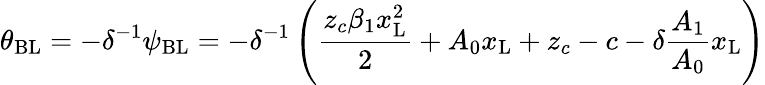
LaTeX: \theta_{\mathrm{{BL}}}=-\delta^{-1}\psi_{\mathrm{{BL}}}=-\delta^{-1}\left(\frac{z_{c}\beta_{1}x_{\mathrm{{L}}}^{2}}{2}+A_{0}x_{\mathrm{{L}}}+z_{c}-c-\delta\frac{A_{1}}{A_{0}}x_{\mathrm{{L}}}\right)